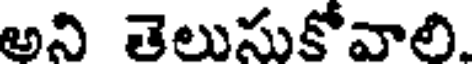
అని తెలుసుకోవాలి.